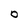
Character: O